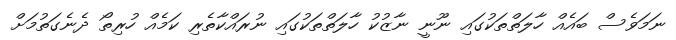
ނަމަވެސް ބައެއް ހާލަތްތަކުގައި ނޫނީ ނާޒުކު ހާލަތްތަކުގައި ނުރައްކާތެރި ކަމެއް ހުރިތޯ ދެނެގަތުމަށް